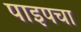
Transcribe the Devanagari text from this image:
पाइपचा